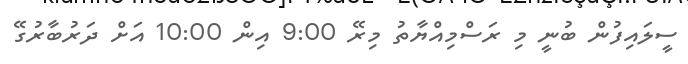
ސީލައިފުން ބުނީ މި ރަސްމިއްޔާތު މިރޭ 9:00 އިން 10:00 އަށް ދަރުބާރުގޭ